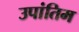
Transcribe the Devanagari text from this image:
उपांतिम